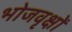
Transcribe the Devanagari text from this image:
भोजवृक्षों